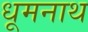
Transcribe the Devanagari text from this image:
धूमनाथ